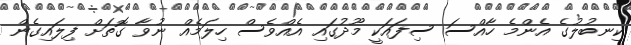
ކިނބުލުގެ އެންމެ ހާއްސަ ސިފައަކީ މޫދުގައި އެއްވެސް ހިލަމެއް ނުވާ ގޮތަށް ފިލައިގެން